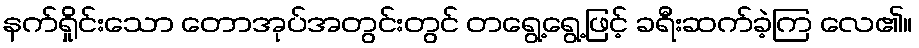
နက်ရှိုင်းသော တောအုပ်အတွင်းတွင် တရွေ့ရွေ့ဖြင့် ခရီးဆက်ခဲ့ကြ လေ၏။